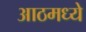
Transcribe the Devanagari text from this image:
आठमध्ये